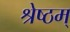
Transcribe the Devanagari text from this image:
श्रेष्ठम्